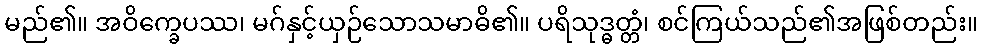
မည်၏။ အဝိက္ခေပဿ၊ မဂ်နှင့်ယှဉ်သောသမာဓိ၏။ ပရိသုဒ္ဓတ္တံ၊ စင်ကြယ်သည်၏အဖြစ်တည်း။